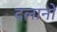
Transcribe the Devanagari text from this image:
दलानों